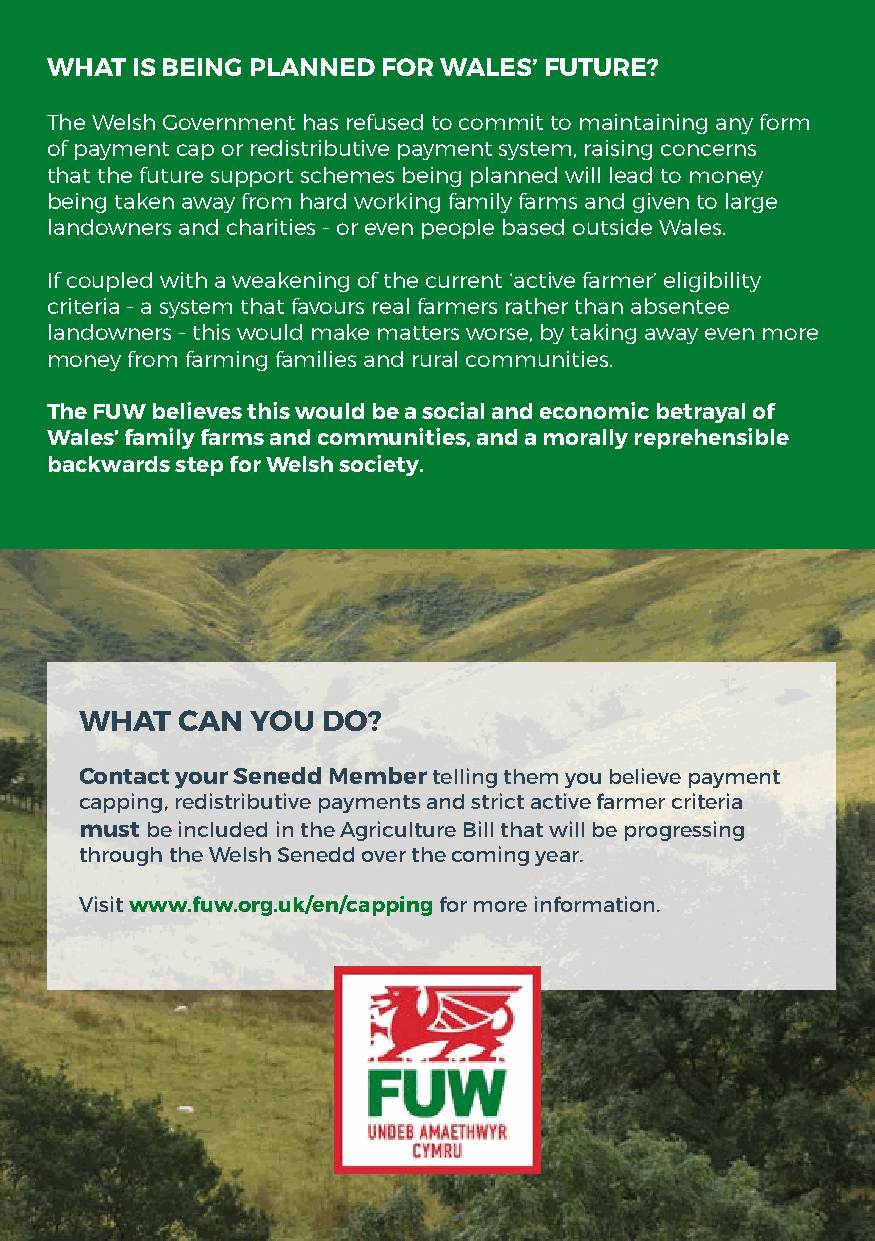
WHAT  IS BEING PLANNED FOR WALES’ FUTURE?
 The Welsh Government has refused to commit to maintaining any form
 of payment cap or redistributive payment system, raising concerns
 that the future support schemes being planned will lead to money
 being taken away from hard working family farms and given to large
 landowners and charities - or even people based outside Wales.
 If coupled with a weakening of the current ‘active farmer’ eligibility
 criteria - a system that favours real farmers rather than absentee
 landowners - this would make matters worse, by taking away even more
 money from farming families and rural communities.
 The FUW believes this would be a social and economic betrayal of
 Wales’ family farms and communities, and a morally reprehensible
 backwards step for Welsh society.
 WHAT   CAN  YOU DO?
 Contact your Senedd Member telling them you believe payment
 capping, redistributive payments and strict active farmer criteria
 must be included in the Agriculture Bill that will be progressing
 through the Welsh Senedd over the coming year.
 Visit www.fuw.org.uk/en/capping for more information.